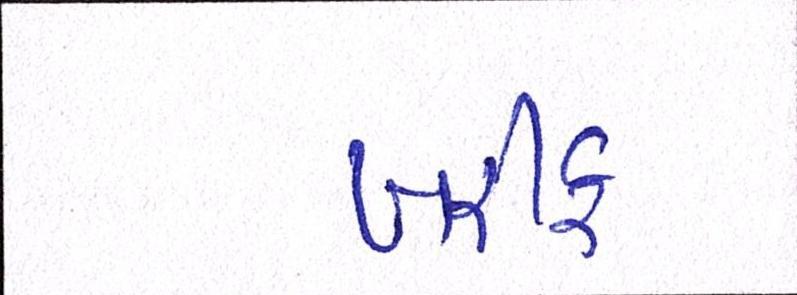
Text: ખરીફ